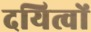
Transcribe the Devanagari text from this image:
दयित्वों